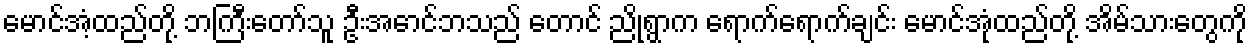
မောင်အံ့ထည်တို့ ဘကြီးတော်သူ ဦးအောင်ဘသည် တောင် ညိုရွာက ရောက်ရောက်ချင်း မောင်အုံထည်တို့ အိမ်သားတွေကို